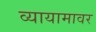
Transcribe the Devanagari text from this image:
व्यायामावर